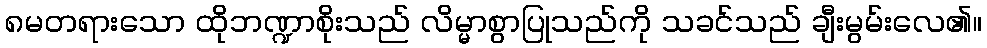
၈မတရားသော ထိုဘဏ္ဍာစိုးသည် လိမ္မာစွာပြုသည်ကို သခင်သည် ချီးမွမ်းလေ၏။